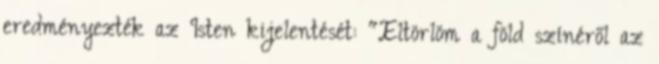
eredményezték az Isten kijelentését: "Eltörlöm a föld színéről az